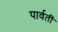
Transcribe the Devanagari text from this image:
पार्वतीं